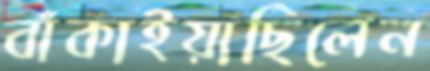
বাঁকাইয়াছিলেন